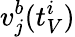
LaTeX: v_{j}^{b}(t_{V}^{i})